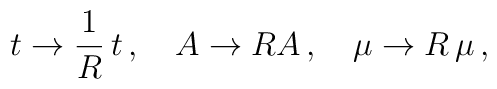
t \rightarrow \frac{1}{R}\,t \,,\quad A \rightarrow R A\,, \quad \mu \rightarrow R\,\mu \,,